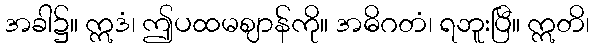
အခါ၌။ ဣဒံ၊ ဤပထမဈာန်ကို။ အဓိဂတံ၊ ရဘူးပြီ။ ဣတိ၊